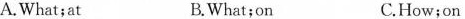
A.What；at B.What；on C.How；on